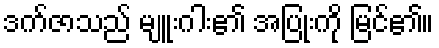
ဒက်ဇာသည် မျူးဂါး၏ အပြုံးကို မြင်၏။